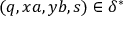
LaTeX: ( q , x a , y b , s ) \in \delta ^ { * }